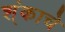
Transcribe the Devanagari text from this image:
श्ंकाचे